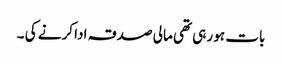
بات ہو رہی تھی مالی صدقہ ادا کرنے کی ۔